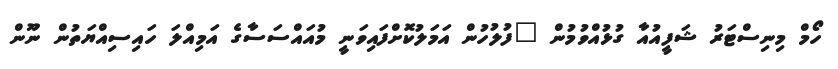
ހޯމް މިނިސްޓަރު ޝަފީއުއާ ގުޅުއްވުމުން "ފުލުހުން އަމަލުކޮށްފައިވަނީ މުއައްސަސާގެ އަމިއްލަ ހައިސިއްޔަތުން ނޫން